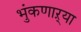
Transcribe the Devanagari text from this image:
भुंकणाऱ्या